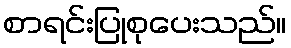
စာရင်းပြုစုပေးသည်။